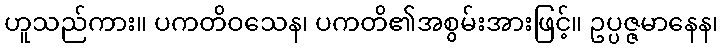
ဟူသည်ကား။ ပကတိဝသေန၊ ပကတိ၏အစွမ်းအားဖြင့်။ ဥပ္ပဇ္ဇမာနေန၊